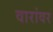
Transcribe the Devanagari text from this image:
वारांवर